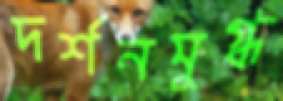
দর্শনমুগ্ধ